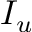
I _ { u }